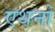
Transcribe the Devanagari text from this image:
एथनो